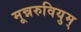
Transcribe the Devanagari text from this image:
मून्नरुवियुम्